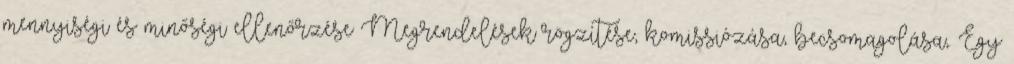
mennyiségi és minőségi ellenőrzése Megrendelések rögzítése, komissiózása, becsomagolása,. Egy